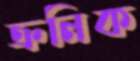
ক্রনিক